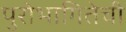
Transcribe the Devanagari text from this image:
पुरोभागितेची